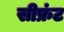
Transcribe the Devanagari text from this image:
सीफ्रंट